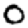
Digit: 0